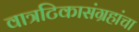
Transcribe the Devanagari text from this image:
वात्रटिकासंग्रहांचा